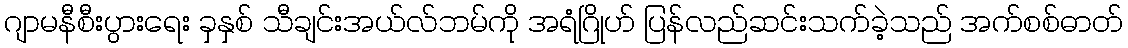
ဂျာမနီစီးပွားရေး ခှနှစ် သီချင်းအယ်လ်ဘမ်ကို အရံဂြိုဟ် ပြန်လည်ဆင်းသက်ခဲ့သည် အက်စစ်ဓာတ်